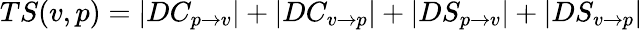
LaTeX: TS(v,p)=|DC_{p\rightarrow v}|+|DC_{v\rightarrow p}|+|DS_{p\rightarrow v}|+|DS_{v\rightarrow p}|